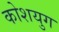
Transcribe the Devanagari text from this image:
कोशयुग